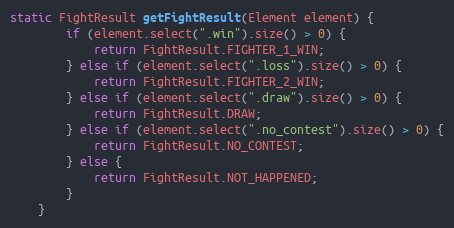
Language: Java
static FightResult getFightResult(Element element) {
        if (element.select(".win").size() > 0) {
            return FightResult.FIGHTER_1_WIN;
        } else if (element.select(".loss").size() > 0) {
            return FightResult.FIGHTER_2_WIN;
        } else if (element.select(".draw").size() > 0) {
            return FightResult.DRAW;
        } else if (element.select(".no_contest").size() > 0) {
            return FightResult.NO_CONTEST;
        } else {
            return FightResult.NOT_HAPPENED;
        }
    }